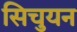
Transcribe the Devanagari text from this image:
सिचुयन